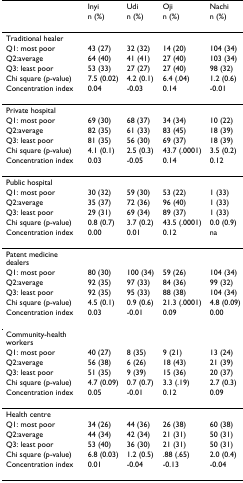
<table><thead><tr><td></td><td><b>Inyi</b></td><td><b>Udi</b></td><td><b>Oji</b></td><td><b>Nachi</b></td></tr><tr><td></td><td><b>n (%)</b></td><td><b>n (%)</b></td><td><b>n (%)</b></td><td><b>n (%)</b></td></tr></thead><tbody><tr><td>Traditional healer</td><td></td><td></td><td></td><td></td></tr><tr><td>Q1: most poor</td><td>43 (27)</td><td>32 (32)</td><td>14 (20)</td><td>104 (34)</td></tr><tr><td>Q2:average</td><td>64 (40)</td><td>41 (41)</td><td>27 (40)</td><td>103 (34)</td></tr><tr><td>Q3: least poor</td><td>53 (33)</td><td>27 (27)</td><td>27 (40)</td><td>98 (32)</td></tr><tr><td>Chi square (p-value)</td><td>7.5 (0.02)</td><td>4.2 (0.1)</td><td>6.4 (.04)</td><td>1.2 (0.6)</td></tr><tr><td>Concentration index</td><td>0.04</td><td>-0.03</td><td>0.14</td><td>-0.01</td></tr><tr><td>Private hospital</td><td></td><td></td><td></td><td></td></tr><tr><td>Q1: most poor</td><td>69 (30)</td><td>68 (37)</td><td>34 (34)</td><td>10 (22)</td></tr><tr><td>Q2:average</td><td>82 (35)</td><td>61 (33)</td><td>83 (45)</td><td>18 (39)</td></tr><tr><td>Q3: least poor</td><td>81 (35)</td><td>56 (30)</td><td>69 (37)</td><td>18 (39)</td></tr><tr><td>Chi square (p-value)</td><td>4.1 (0.1)</td><td>2.5 (0.3)</td><td>43.7 (.0001)</td><td>3.5 (0.2)</td></tr><tr><td>Concentration index</td><td>0.03</td><td>-0.05</td><td>0.14</td><td>0.12</td></tr><tr><td>Public hospital</td><td></td><td></td><td></td><td></td></tr><tr><td>Q1: most poor</td><td>30 (32)</td><td>59 (30)</td><td>53 (22)</td><td>1 (33)</td></tr><tr><td>Q2:average</td><td>35 (37)</td><td>72 (36)</td><td>96 (40)</td><td>1 (33)</td></tr><tr><td>Q3: least poor</td><td>29 (31)</td><td>69 (34)</td><td>89 (37)</td><td>1 (33)</td></tr><tr><td>Chi square (p-value)</td><td>0.8 (0.7)</td><td>3.7 (0.2)</td><td>43.5 (.0001)</td><td>0.0 (0.9)</td></tr><tr><td>Concentration index</td><td>0.00</td><td>0.01</td><td>0.12</td><td>na</td></tr><tr><td>Patent medicine dealers</td><td></td><td></td><td></td><td></td></tr><tr><td>Q1: most poor</td><td>80 (30)</td><td>100 (34)</td><td>59 (26)</td><td>104 (34)</td></tr><tr><td>Q2:average</td><td>92 (35)</td><td>97 (33)</td><td>84 (36)</td><td>99 (32)</td></tr><tr><td>Q3: least poor</td><td>92 (35)</td><td>95 (33)</td><td>88 (38)</td><td>104 (34)</td></tr><tr><td>Chi square (p-value)</td><td>4.5 (0.1)</td><td>0.9 (0.6)</td><td>21.3 (.0001)</td><td>4.8 (0.09)</td></tr><tr><td>Concentration index</td><td>0.03</td><td>-0.01</td><td>0.09</td><td>0.00</td></tr><tr><td>Community-health workers</td><td></td><td></td><td></td><td></td></tr><tr><td>Q1: most poor</td><td>40 (27)</td><td>8 (35)</td><td>9 (21)</td><td>13 (24)</td></tr><tr><td>Q2:average</td><td>56 (38)</td><td>6 (26)</td><td>18 (43)</td><td>21 (39)</td></tr><tr><td>Q3: least poor</td><td>51 (35)</td><td>9 (39)</td><td>15 (36)</td><td>20 (37)</td></tr><tr><td>Chi square (p-value)</td><td>4.7 (0.09)</td><td>0.7 (0.7)</td><td>3.3 (.19)</td><td>2.7 (0.3)</td></tr><tr><td>Concentration index</td><td>0.05</td><td>-0.01</td><td>0.12</td><td>0.09</td></tr><tr><td>Health centre</td><td></td><td></td><td></td><td></td></tr><tr><td>Q1: most poor</td><td>34 (26)</td><td>44 (36)</td><td>26 (38)</td><td>60 (38)</td></tr><tr><td>Q2:average</td><td>44 (34)</td><td>42 (34)</td><td>21 (31)</td><td>50 (31)</td></tr><tr><td>Q3: least poor</td><td>53 (40)</td><td>36 (30)</td><td>21 (31)</td><td>50 (31)</td></tr><tr><td>Chi square (p-value)</td><td>6.8 (0.03)</td><td>1.2 (0.5)</td><td>.88 (.65)</td><td>2.0 (0.4)</td></tr><tr><td>Concentration index</td><td>0.01</td><td>-0.04</td><td>-0.13</td><td>-0.04</td></tr></tbody></table>